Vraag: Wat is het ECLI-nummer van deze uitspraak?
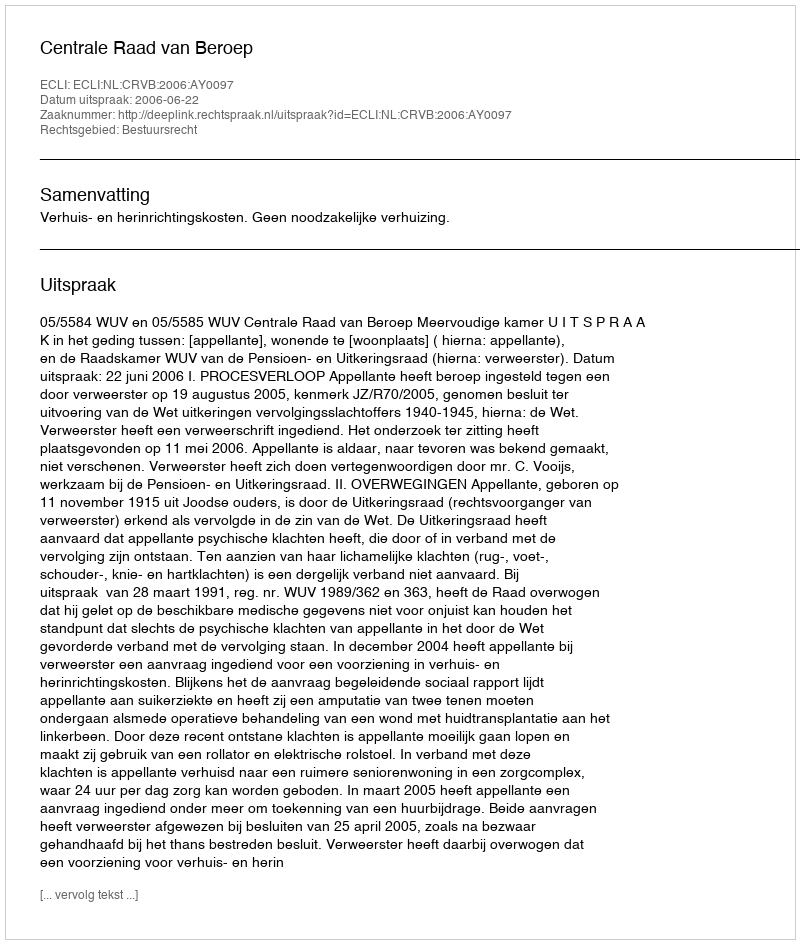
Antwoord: ECLI:NL:CRVB:2006:AY0097